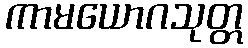
ကာမယောဂသုတ္တ